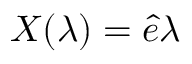
\boldsymbol { X } ( \lambda ) = \boldsymbol { \hat { e } } \lambda